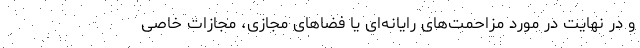
و در نهایت در مورد مزاحمت‌های رایانه‌ای یا فضاهای مجازی، مجازات خاصی